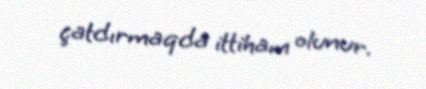
çatdırmaqda ittiham olunur.